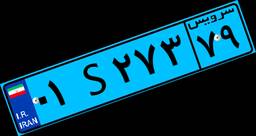
۰۱S۰۱۹۴۲